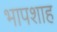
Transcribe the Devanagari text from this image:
भापशाह